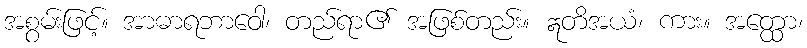
အစွမ်းဖြင့်။ အာဓာရဘာဝေါ၊ တည်ရာ၏ အဖြစ်တည်း။ ဣတိအယံ၊ ကား။ အတ္ထော၊